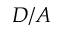
D / A